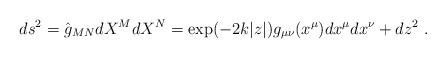
\begin{align*}ds^2 = \hat{g}_{MN} dX^M dX^N = \exp ( - 2 k |z| ) g_{\mu \nu} (x^{\mu} ) dx^{\mu} dx^{\nu} + dz^2 ~. \end{align*}